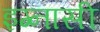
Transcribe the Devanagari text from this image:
इग्नासी